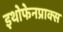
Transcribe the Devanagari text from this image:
इथोफेनप्राक्‍स